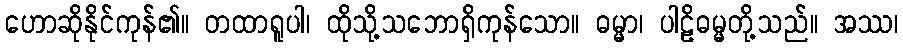
ဟောဆိုနိုင်ကုန်၏။ တထာရူပါ၊ ထိုသို့သဘောရှိကုန်သော။ ဓမ္မာ၊ ပါဠိဓမ္မတို့သည်။ အဿ၊